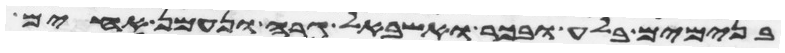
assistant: בנימים בלע ובכר ואשבאל גרה ונעמן אחים